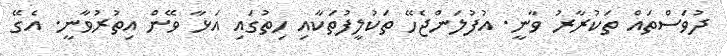
ދުވަސްތައް ތަކުރާރު ވާނީ. އުފުލަންޖެހޭ ތަކުލީފުތަކާއި ހިތުގައި އަޅާ ވޭން އިތުރުވާނީ. އެގޭ